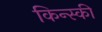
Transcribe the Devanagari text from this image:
किन्स्की